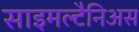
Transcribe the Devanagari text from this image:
साइमल्टैनिअस